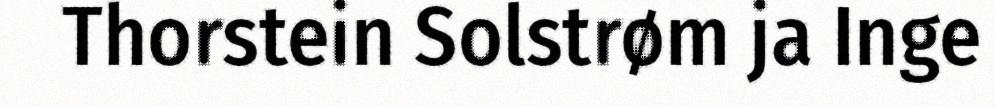
Thorstein Solstrøm ja Inge